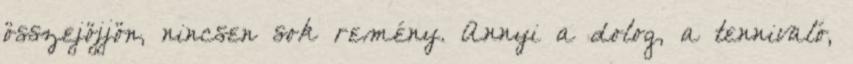
összejöjjön, nincsen sok remény. Annyi a dolog, a tennivaló,